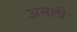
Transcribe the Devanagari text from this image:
अनली